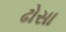
ઢોસા